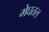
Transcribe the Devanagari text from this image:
मेघतल